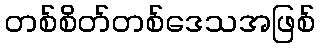
တစ်စိတ်တစ်ဒေသအဖြစ်